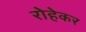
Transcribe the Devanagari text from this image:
रोहेकर